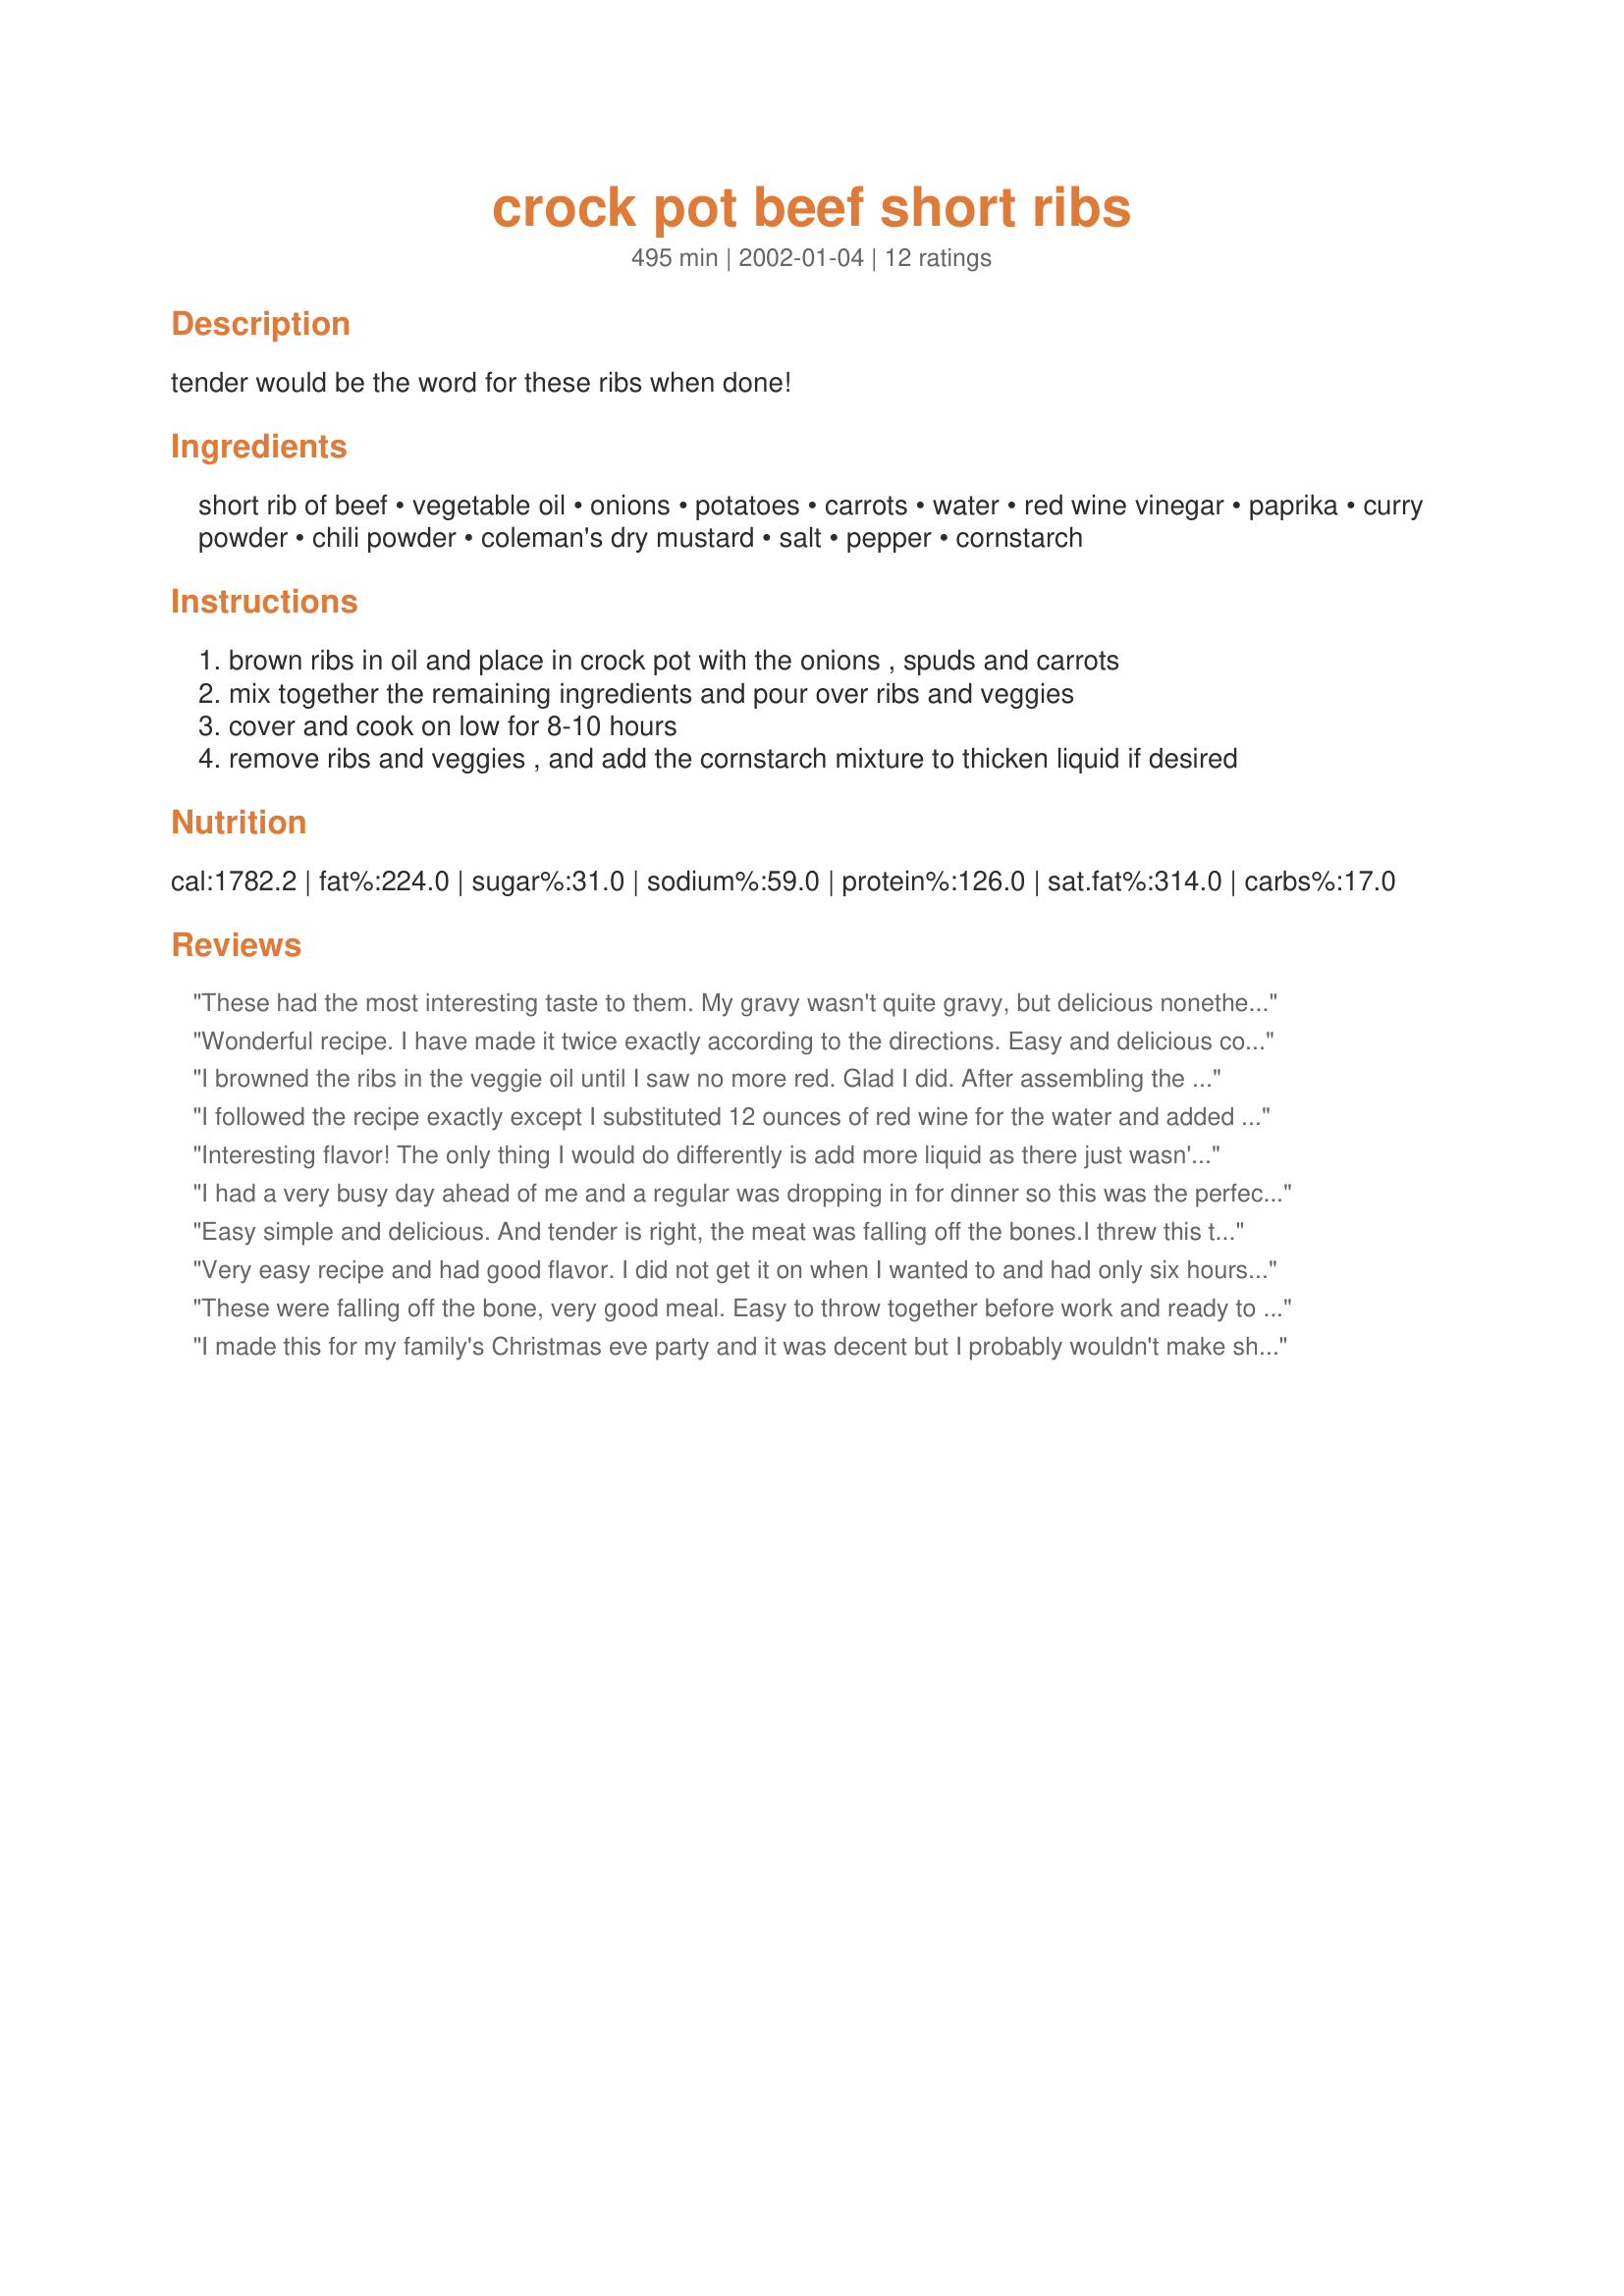
crock pot beef short ribs
Preparation time: 495 minutes

tender would be the word for these ribs when done!

Ingredients:
short rib of beef, vegetable oil, onions, potatoes, carrots, water, red wine vinegar, paprika, curry powder, chili powder, coleman's dry mustard, salt, pepper, cornstarch

Steps:
brown ribs in oil and place in crock pot with the onions , spuds and carrots
mix together the remaining ingredients and pour over ribs and veggies
cover and cook on low for 8-10 hours
remove ribs and veggies , and add the cornstarch mixture to thicken liquid if desired

Reviews:
These had the most interesting taste to them. My gravy wasn't quite gravy, but delicious nonetheless.
Wonderful recipe. I have made it twice exactly according to the directions. Easy and delicious comfort food.
I browned the ribs in the veggie oil until I saw no more red. Glad I did. After assembling the rest of the stuff into the crock pot I looked at the pan that was cooling down on the stove and saw a 1/4" inch of grease congealing. I too turned the water into wine and proceeded with the recipe as is. Dee lishus.
I followed the recipe exactly except I substituted 12 ounces of red wine for the water and added 8 ounces of sliced mushrooms. It was excellent. The flavours were superb - nuanced without being brash. The left-overs were also great. A keeper.
Interesting flavor! The only thing I would do differently is add more liquid as there just wasn't enough gravy when it was all said & done. Very good, different than anything I've tried. Thanks Dib!
I had a very busy day ahead of me and a regular was dropping in for dinner so this was the perfect recipe. Easy, no care and very tasty. I put everything on a platter kept it warm in the oven while I thickened he gravy- Enjoyed by all thanks Dibs
Easy simple and delicious. And tender is right, the meat was falling off the bones.I threw this together this morning and this evening we had a yummy dinner. The gravy was a nice change from the usual barbeque sauce.
Very easy recipe and had good flavor. I did not get it on when I wanted to and had only six hours in the crookpot. I sarted out on high reducing to low. After six hours thay were tender and flavorful. The only thing that I did different was to add some liquid smoke to the recipe. I will try it again when I can get the full 8 to 1o hours on low and see what happens.
These were falling off the bone, very good meal. Easy to throw together before work and ready to eat when you get home.
I made this for my family's Christmas eve party and it was decent but I probably wouldn't make short ribs with this recipe again. The meat was falling off the bone which was nice, but I didn't think the flavor was much of anything. I doubled the sauce and then when all was said and done we didn't end up making any gravy. Maybe we would have like it more had we made up the gravy. Will post pic soon. Thank you for posting!
This turned out well and my DH thought it was absolutely outstanding. He's the short ribs fan, I'm not, but the vegetables were delicious and the beef was fall-off-the-bone tender. I added a parsnip cubed to the list of veggies and cut the salt down to 1 tsp. This slowcooked for about 7 hours and was ready, but I had 2 or 2 1/2 lbs of beef. Oh, and I added 1 cup or so of red wine at the beginning too. Good gravy! Thanks, DiB.
Easy and awesome, reminded me of stew in ireland.
